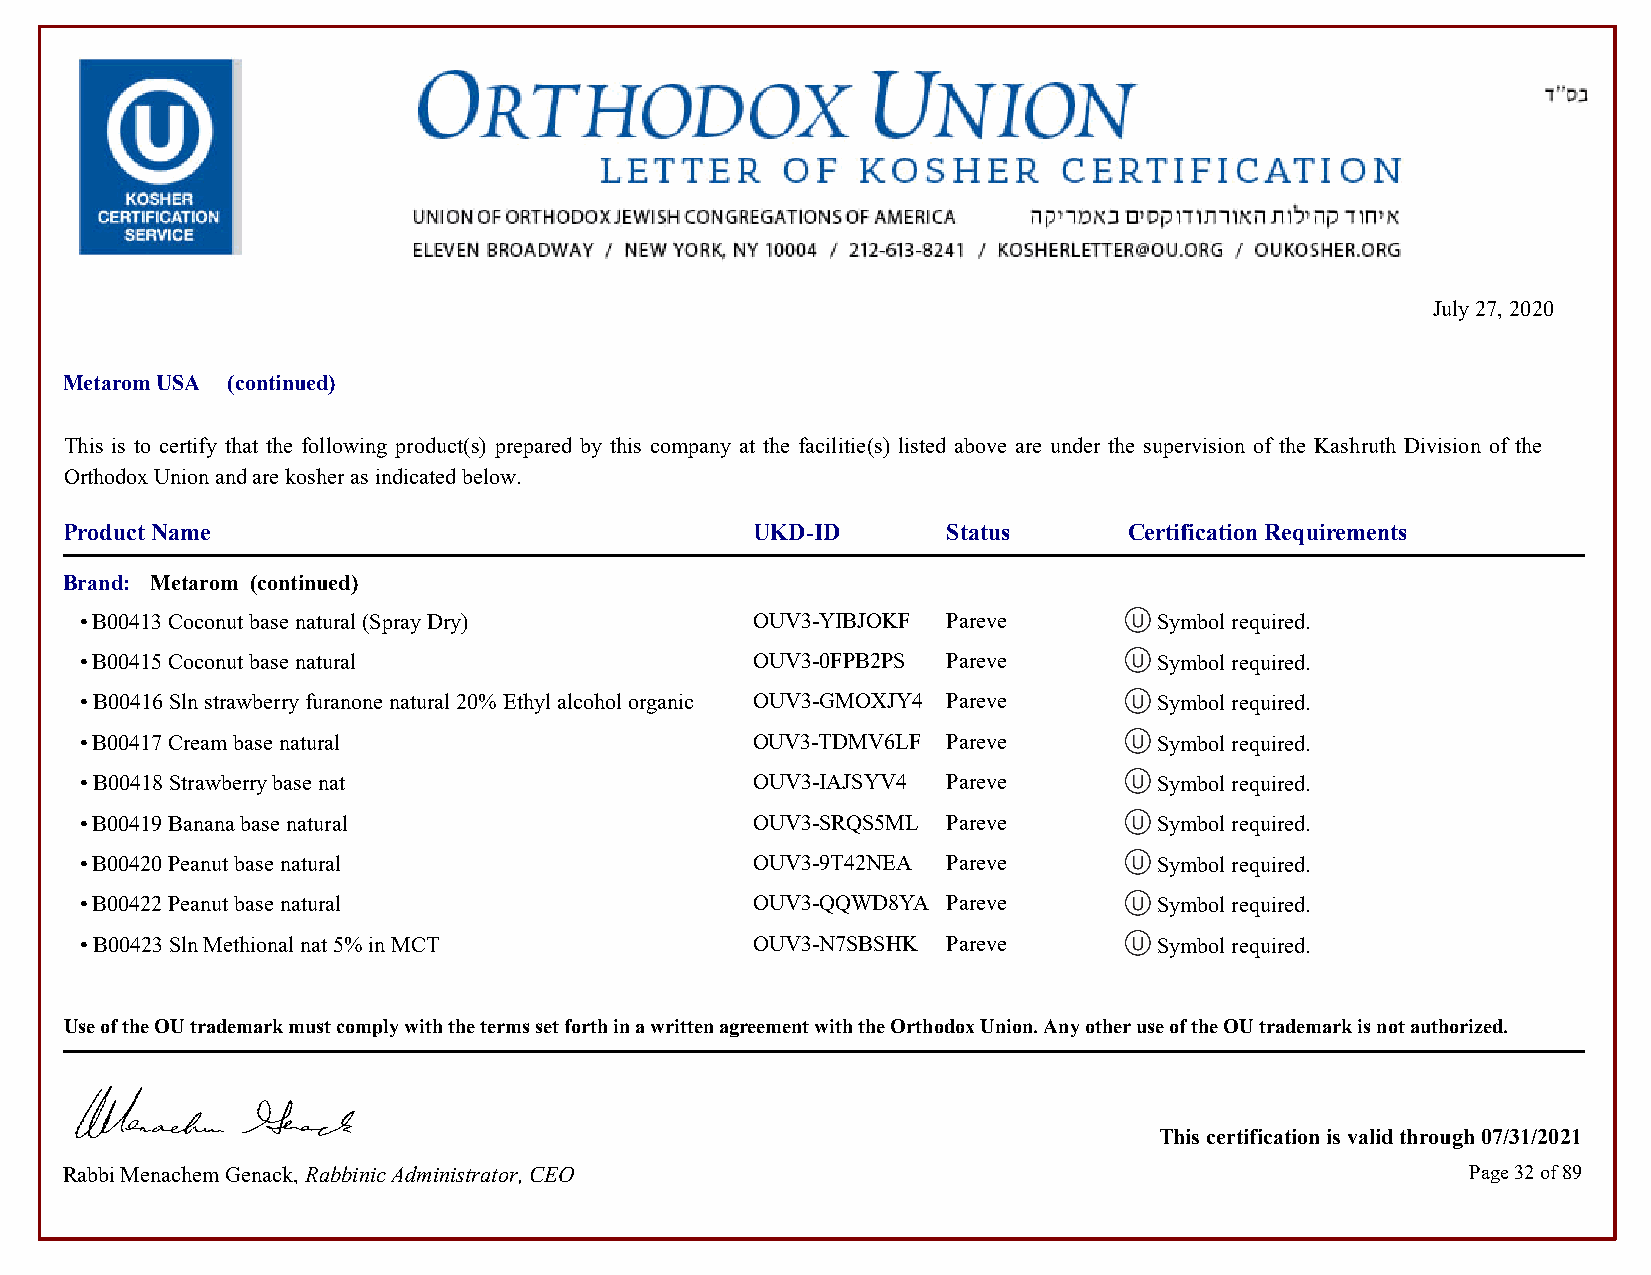
July 27, 2020
 Metarom USA (continued)
 This is to certify that the following product(s) prepared by this company at the facilitie(s) listed above are under the supervision of the Kashruth Division of the
 Orthodox Union and are kosher as indicated below.
 Product Name                                  UKD-ID       Status      Certification Requirements
 Brand: Metarom (continued)
 • B00413 Coconut base natural (Spray Dry)    OUV3-YIBJOKF Pareve        Symbol required.            Symbol required.
 • B00415 Coconut base natural                OUV3-0FPB2PS Pareve        Symbol required.            Symbol required.
 • B00416 Sln strawberry furanone natural 20% Ethyl alcohol organic OUV3-GMOXJY4 Pareve Symbol required. Symbol required.
 • B00417 Cream base natural                  OUV3-TDMV6LF Pareve        Symbol required.            Symbol required.
 • B00418 Strawberry base nat                 OUV3-IAJSYV4 Pareve        Symbol required.            Symbol required.
 • B00419 Banana base natural                 OUV3-SRQS5ML Pareve        Symbol required.            Symbol required.
 • B00420 Peanut base natural                 OUV3-9T42NEA Pareve        Symbol required.            Symbol required.
 • B00422 Peanut base natural                 OUV3-QQWD8YA Pareve        Symbol required.            Symbol required.
 • B00423 Sln Methional nat 5% in MCT         OUV3-N7SBSHK Pareve        Symbol required.            Symbol required.
 Use of the OU trademark must comply with the terms set forth in a written agreement with the Orthodox Union. Any other use of the OU trademark is not authorized.
 This certification is valid through 07/31/2021
 Rabbi Menachem Genack, Rabbinic Administrator, CEO                                           Page 32 of 89